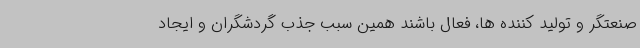
صنعتگر و تولید کننده ها، فعال باشند همین سبب جذب گردشگران و ایجاد